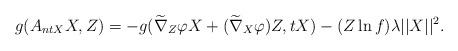
LaTeX: \begin{align*}g(A_{ntX}X,Z)&=-g(\widetilde\nabla_{Z}\varphi X+(\widetilde\nabla_{X}\varphi)Z, tX)-(Z\ln f) \lambda \vert\vert X \vert\vert^{2}.\end{align*}